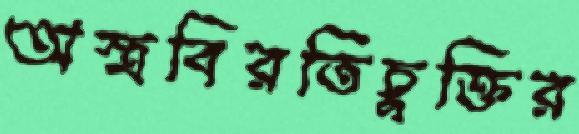
অস্ত্রবিরতিচুক্তির